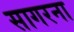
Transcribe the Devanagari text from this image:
सागरना